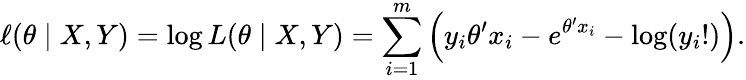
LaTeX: \ell(\theta\mid X,Y)=\log L(\theta\mid X,Y)=\sum_{i=1}^{m}\left(y_{i}\theta^{\prime}x_{i}-e^{\theta^{\prime}x_{i}}-\log(y_{i}!)\right).